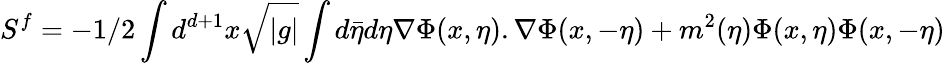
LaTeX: S^{f}=-1/2\int d^{d+1}x\sqrt{|g|}\int d\bar{\eta}d\eta\nabla\Phi(x,\eta).\nabla\Phi(x,-\eta)+m^{2}(\eta)\Phi(x,\eta)\Phi(x,-\eta)